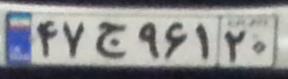
۴۷ج۹۶۱۲۰